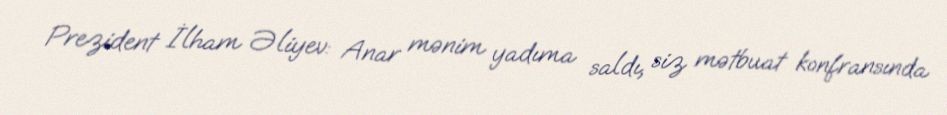
Prezident İlham Əliyev: Anar mənim yadıma saldı, siz mətbuat konfransında